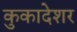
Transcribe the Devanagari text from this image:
कुकादेशर